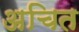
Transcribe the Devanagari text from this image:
अचित